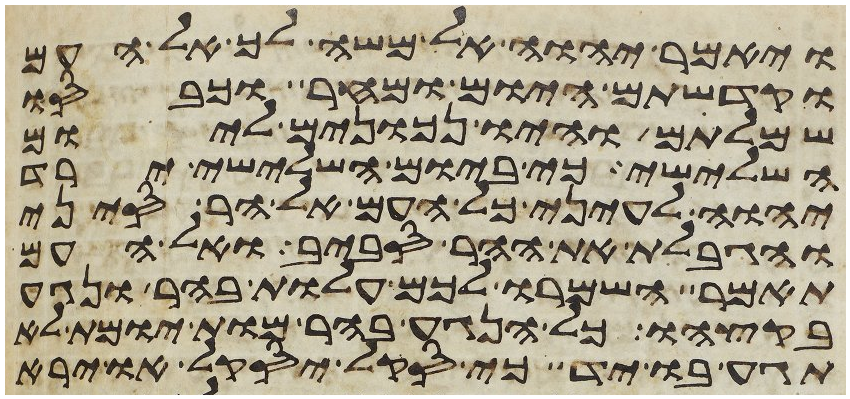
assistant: ויאמר יהוה אל משה לך אל העם
וקדשתם היום ומחר וכבסו
שמלותם והיו נכונים ליום
השלישי כי ביום השלישי ירד
יהוה לעיני כל העם אל הר סיני
והגבלת את ההר סביב ואל העם
תאמר השמרו לכם עלות בהר ונגע
בקצהו כל הנגע בהר מות יומת לא
תגע בו יד כי סקל יסקל או ירא